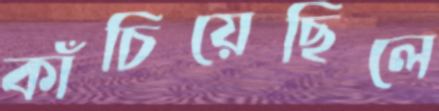
কাঁচিয়েছিলে